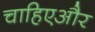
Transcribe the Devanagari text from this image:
चाहिएऔर